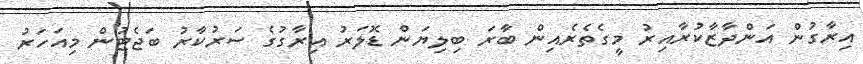
އިރާގުން އަންދާޒާކުރާއިރު މީގެތެރެއިން ބާރަ ބިލިޔަން ޑޮލަރު އިރާގުގެ ސަރުކާރު ބަޖެޓުން މިއަހަރު